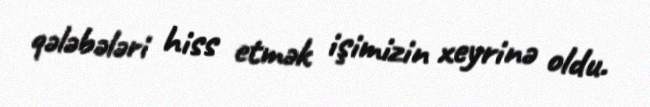
qələbələri hiss etmək işimizin xeyrinə oldu.